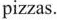
pizzas.